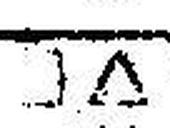
□∆